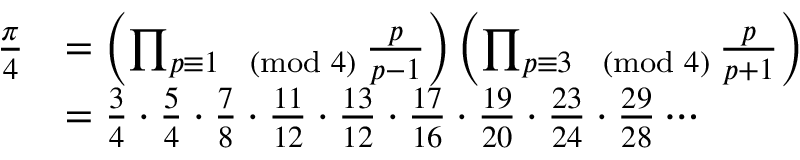
{ \begin{array} { r l } { { \frac { \pi } { 4 } } } & { = \left( \prod _ { p \equiv 1 { \pmod { 4 } } } { \frac { p } { p - 1 } } \right) \left( \prod _ { p \equiv 3 { \pmod { 4 } } } { \frac { p } { p + 1 } } \right) } \\ & { = { \frac { 3 } { 4 } } \cdot { \frac { 5 } { 4 } } \cdot { \frac { 7 } { 8 } } \cdot { \frac { 1 1 } { 1 2 } } \cdot { \frac { 1 3 } { 1 2 } } \cdot { \frac { 1 7 } { 1 6 } } \cdot { \frac { 1 9 } { 2 0 } } \cdot { \frac { 2 3 } { 2 4 } } \cdot { \frac { 2 9 } { 2 8 } } \cdots } \end{array} }